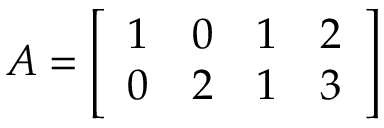
\begin{array} { r } { A = \left[ \begin{array} { l l l l } { 1 } & { 0 } & { 1 } & { 2 } \\ { 0 } & { 2 } & { 1 } & { 3 } \end{array} \right] } \end{array}